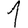
Digit: 1